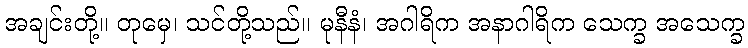
အချင်းတို့။ တုမှေ၊ သင်တို့သည်။ မုနီနံ၊ အဂါရိက အနာဂါရိက သေက္ခ အသေက္ခ